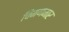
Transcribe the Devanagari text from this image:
चिमणमार